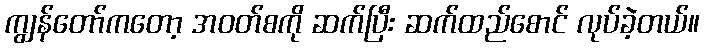
ကျွန်တော်ကတော့ အဝတ်စကို ဆက်ပြီး ဆက်ထည်စောင် လုပ်ခဲ့တယ်။